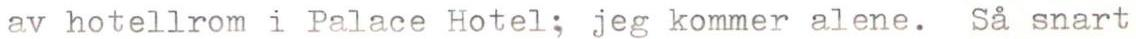
av hotellrom i Palace Hotel; jeg kommer alene. Så snart